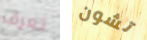
تعرف تشون